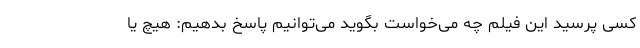
کسی پرسید این فیلم چه می‌خواست بگوید می‌توانیم پاسخ بدهیم: هیچ یا